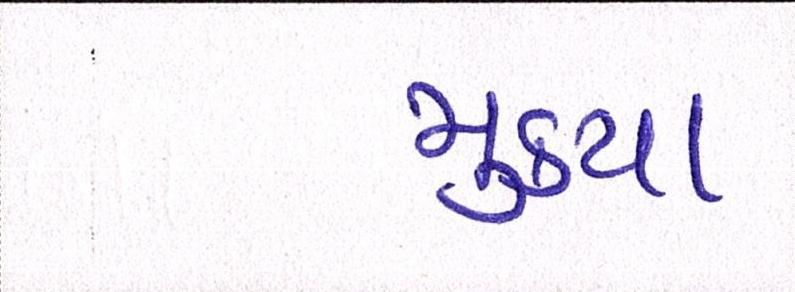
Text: મુકયા